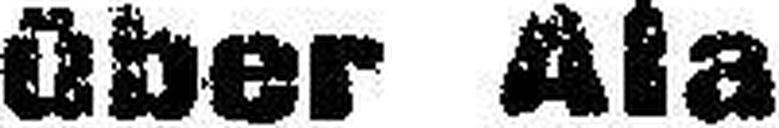
aber Ala